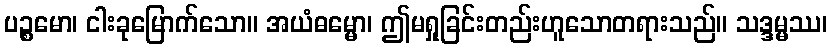
ပဉ္စမော၊ ငါးခုမြောက်သော။ အယံဓမ္မော၊ ဤမရှုခြင်းတည်းဟူသောတရားသည်။ သဒ္ဒမ္မဿ၊